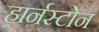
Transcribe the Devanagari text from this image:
हार्नस्टोन